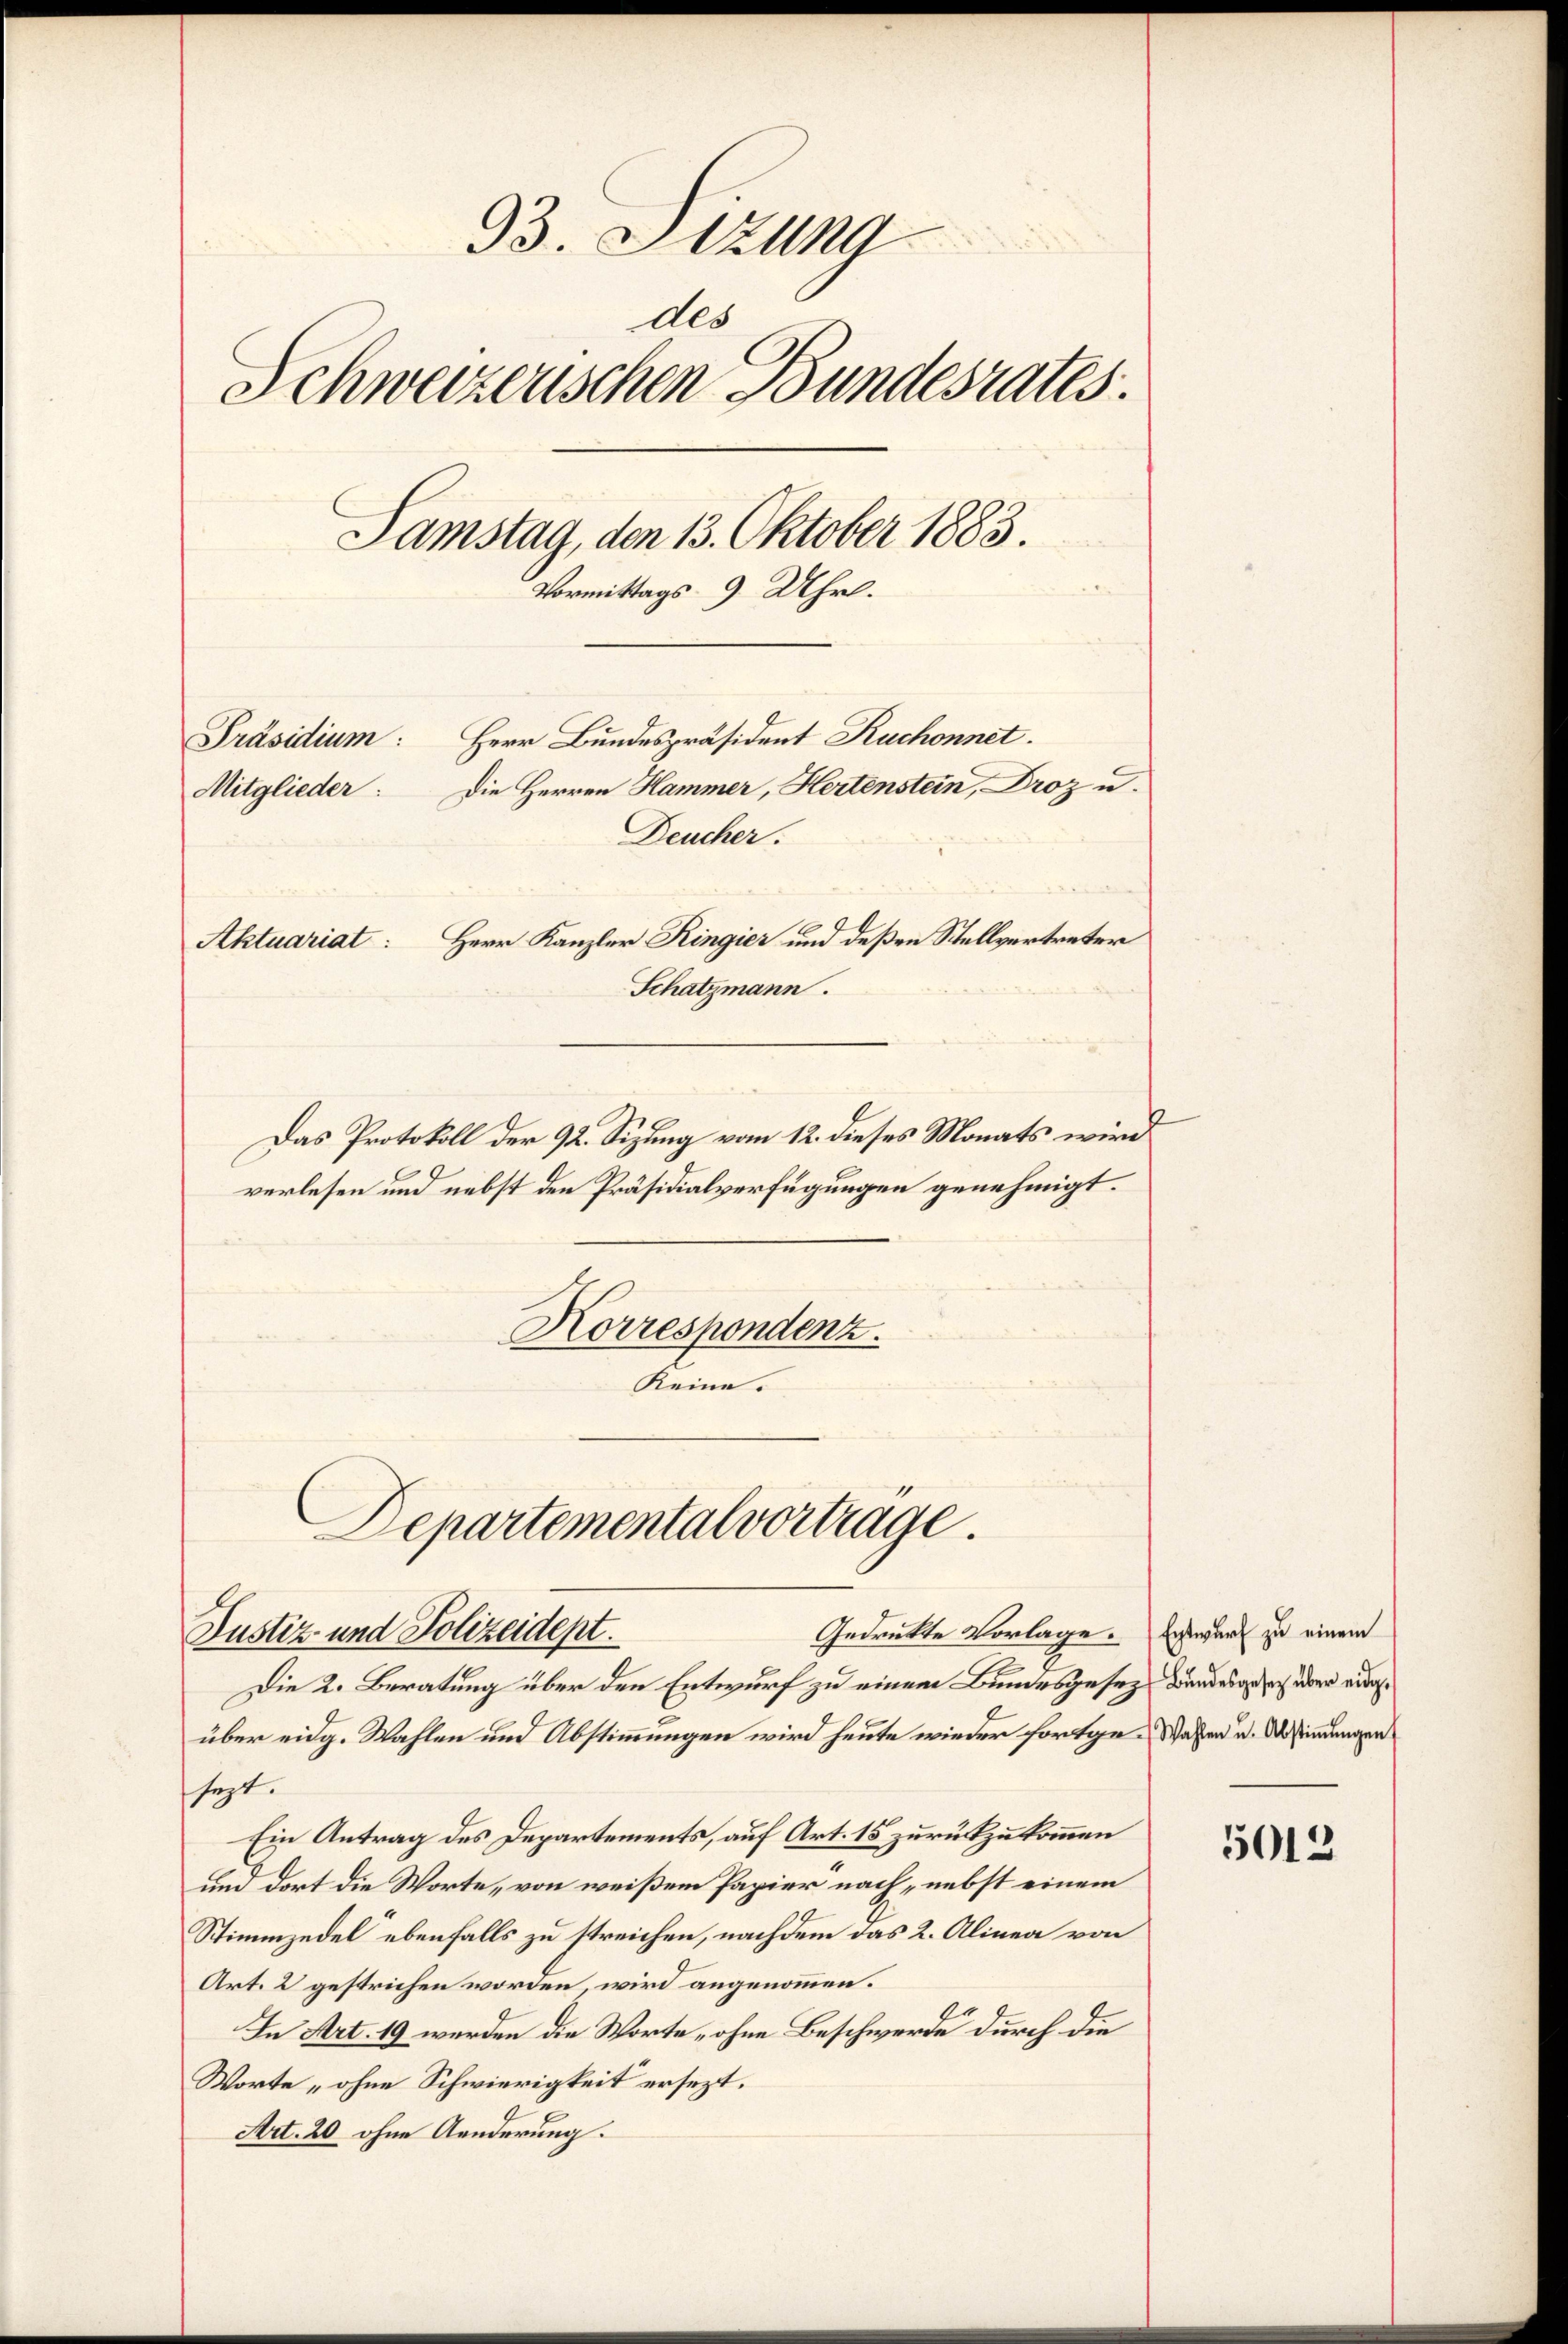
93. Sizung
dls
Schweizerischen Bundesrates
Samstag, den 13. Oktober 1883.
Vormittags 9 Uhr.
Präsidium: Herr Bundespräsident Ruchonnet.
Die Herren Hammer, Hertenstein, Droz u.
Mitglieder:
Deucher.
Herr Kanzler Ringier und deßen Stellvertreter
Aktuariat:
Schatzmann.

Das Protokoll der 92. Sizung vom 12. dieses Monats wird
verlesen und nebst den Präsidialverfügungen genehmigt.
Korrespondenz.
Reine.
Departemental vortrage.

Gedrukte Vorlage.
Justiz und Polizeidept.

Die 2. Beratung über den Entwurf zu einem Bundesgesez wundesgesich über auchüber eidg. Wahlen und Abstimmungen wird heute wieder fortge-Wahren u. Abstimmungen
sezt.
Ein Antrag des Departements, auf Art. 15 zurückzukommen
und dort die Worte, von weißem Papier nach nebst einem
Stimmzedel ebenfalls zu streichen, nachdem das 2. Alinea von
Art. 2 gestrichen worden, wird angenommen.
In Art. 19 werden die Worte „ohne Beschwerde durch die
Worte „ohne Schwierigkeit ersezt.
Art. 20 ohne Aenderung.

Entwurf zu einem

5012